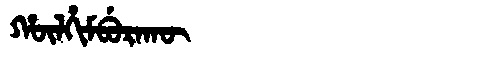
Manchu: ᡥᡡᠯᡥᡳᠮᠪᡠᡵᠠᡴᡡ
Romanization: HŪLHIMBURAKŪ